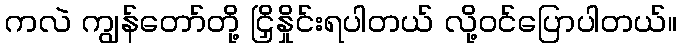
ကလဲ ကျွန်တော်တို့ ငြှိနှိုင်းရပါတယ် လို့ဝင်ပြောပါတယ်။